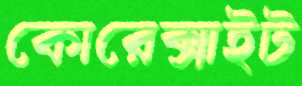
কোরেক্সাইট